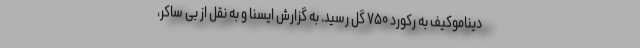
دیناموکیف به رکورد ۷۵۰ گل رسید. به گزارش ایسنا و به نقل از بی ساکر،